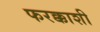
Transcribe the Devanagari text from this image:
फरक्काशी